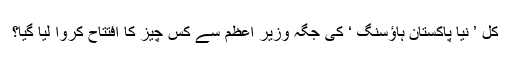
کل ’ نیا پاکستان ہاؤسنگ ‘ کی جگہ وزیر اعظم سے کس چیز کا افتتاح کروا لیا گیا؟